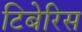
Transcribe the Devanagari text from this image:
टिबेरिस